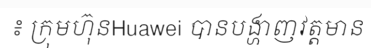
៖ ក្រុមហ៊ុនHuawei បានបង្ហាញវត្តមាន